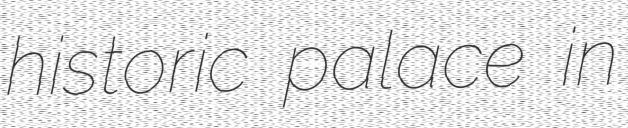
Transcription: historic palace in